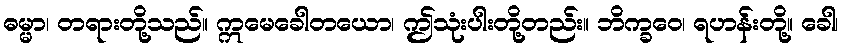
ဓမ္မာ၊ တရားတို့သည်။ ဣမေခေါတယော၊ ဤသုံးပါးတို့တည်း။ ဘိက္ခဝေ၊ ရဟန်းတို့။ ခေါ၊